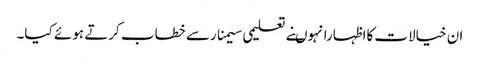
ان خیالات کااظہارانہوںنے تعلیمی سیمنارسے خطاب کرتے ہوئے کیا۔